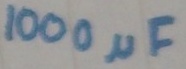
Text: 100µF